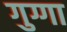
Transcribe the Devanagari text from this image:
गुग्गा